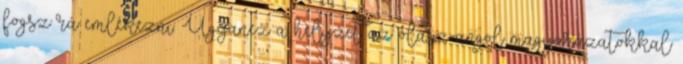
fogsz rá emlékezni. Ugyanez a helyzet az olasz-angol magyarázatokkal